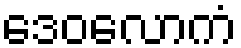
ဒေဝလောကံ